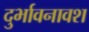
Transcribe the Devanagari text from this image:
दुर्भावनावश